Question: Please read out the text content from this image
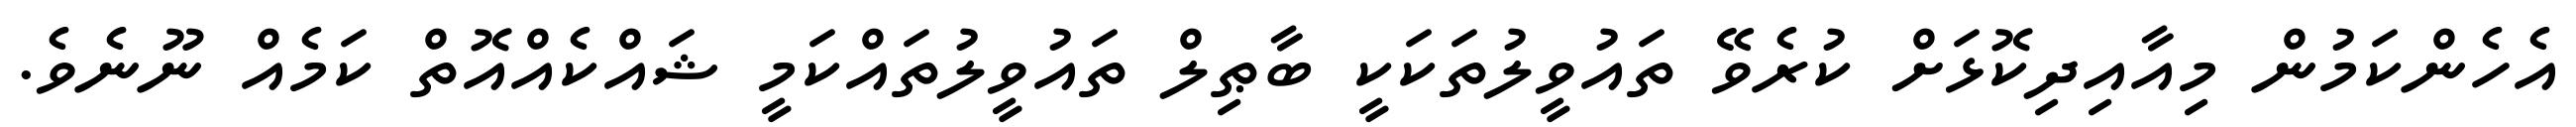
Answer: އެހެންކަމުން މިއާއިދިކޮޅަށް ކުރެވޭ ތައުވީލުތަކަކީ ބާޠިލް ތައުވީލުތައްކަމީ ޝައްކެއްއޮތް ކަމެއް ނޫނެވެ.